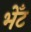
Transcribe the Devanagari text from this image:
भेँट